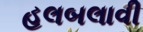
હલબલાવી